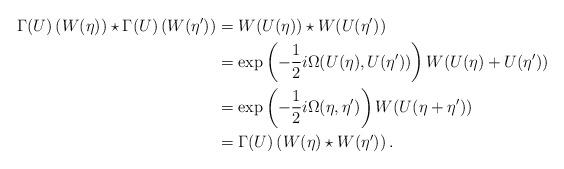
LaTeX: \begin{align*}\Gamma(U)\left(W(\eta)\right)\star \Gamma(U)\left(W(\eta')\right)&=W(U(\eta))\star W(U(\eta')) \\&= \exp\left(-\frac{1}{2}i\Omega(U(\eta),U(\eta'))\right)W(U(\eta)+U(\eta')) \\&= \exp\left(-\frac{1}{2}i\Omega(\eta,\eta')\right)W(U(\eta+\eta')) \\&= \Gamma(U)\left(W(\eta)\star W(\eta')\right).\end{align*}